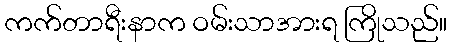
ကက်တာရီးနာက ဝမ်းသာအားရ ကြိုသည်။